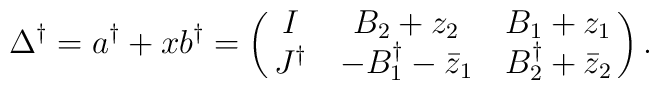
\Delta^\dagger = a^\dag +x b^\dag = \left( \matrix{I & B_2 +z_2 & B_1 + z_1 \cr J^\dagger & -B_1^\dagger -\bar z_1 &B_2^\dagger + \bar z_2} \right).